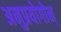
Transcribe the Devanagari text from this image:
अनुप्रयोगोन्